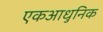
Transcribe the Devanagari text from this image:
एकआधुनिक